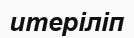
итеріліп